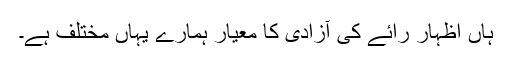
ہاں اظہار رائے کى آزادى کا معیار ہمارے یہاں مختلف ہے۔